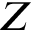
Z